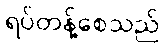
ရပ်တန့်စေသည်